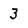
Character: 3